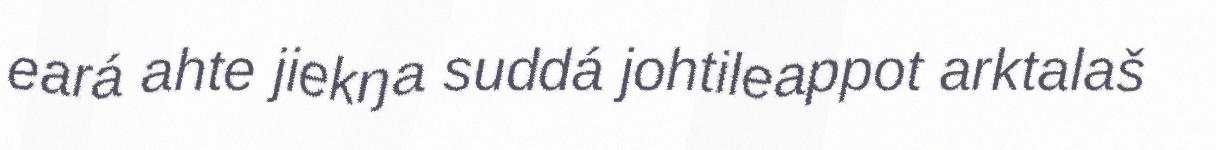
eará ahte jiekŋa suddá johtileappot arktalaš